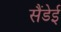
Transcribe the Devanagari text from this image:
सैंडेई